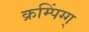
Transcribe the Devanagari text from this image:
क्रम्पिंग्ग्